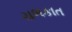
ચળકાત